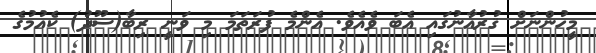
މީހުންނަށް ޤުރުއާނުގައި އެބަ ވެއެވެ. އެންމެ ފުރަތަމަ މި ވަނީ ރިބާ(ސޫދު) ކެއުމުގެ